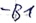
Text: -B1